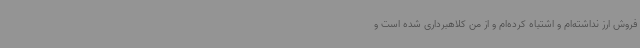
فروش ارز نداشته‌ام و اشتباه کرده‌ام و از من کلاهبرداری شده است و